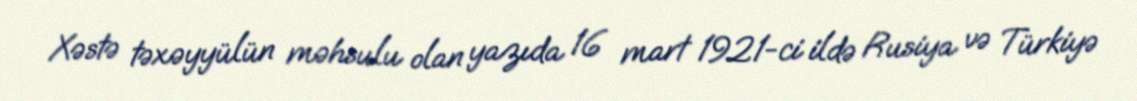
Xəstə təxəyyülün məhsulu olan yazıda 16 mart 1921-ci ildə Rusiya və Türkiyə